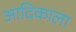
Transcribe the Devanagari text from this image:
आदिकाला